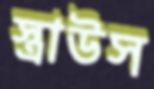
স্ত্রাউস